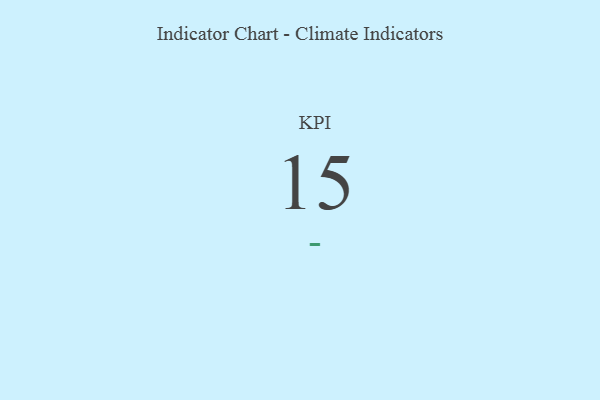
{"axis": {"x": "KPI", "y": "Value"}, "legend": [""], "data": [{"x": "KPI", "y": 15, "type": ""}]}